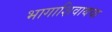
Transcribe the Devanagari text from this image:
भागाशिवायचा